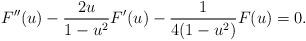
LaTeX: \begin{align*}F''(u) -\frac{2u}{1-u^2} F'(u)- \frac{1}{4(1-u^2)}F(u)=0.\end{align*}